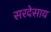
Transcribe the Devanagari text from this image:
सरदेसाय